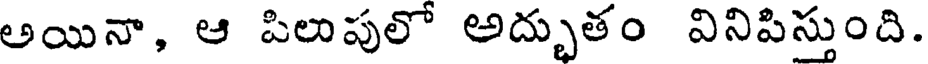
అయినా, ఆ పిలుపులో అద్భుతం వినిపిస్తుంది.